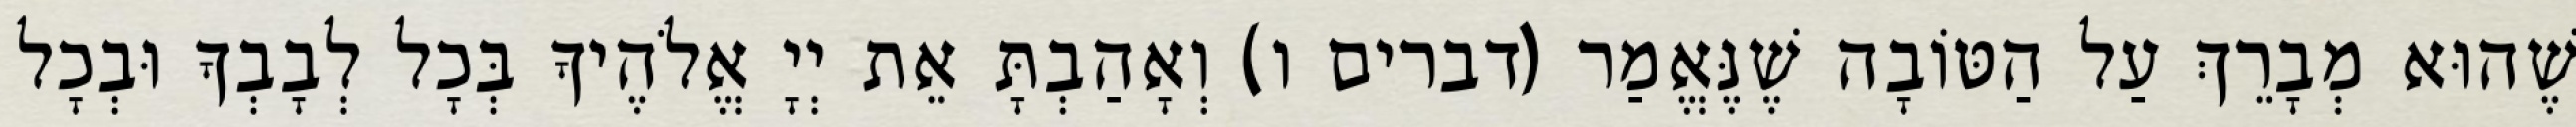
שֶׁהוּא מְבָרֵךְ עַל הַטּוֹבָה שֶׁנֶּאֱמַר (דברים ו) וְאָהַבְתָּ אֵת יְיָ אֱלֹהֶיךָ בְּכָל לְבָבְךָ וּבְכָל